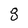
Character: 8